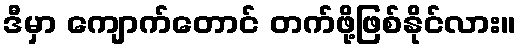
ဒီမှာ ကျောက်တောင် တက်ဖို့ဖြစ်နိုင်လား။